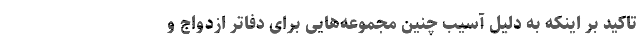
تاکید بر اینکه به دلیل آسیب چنین مجموعه‌هایی برای دفاتر ازدواج و